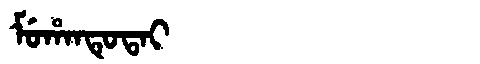
Manchu: ᠮᡠᡥᠠᠨᡨᡠᡨᠠᡳ
Romanization: MUHANTUTAI